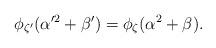
LaTeX: \begin{align*}\phi_{\zeta'}(\alpha'^2 + \beta') = \phi_\zeta(\alpha^2+\beta).\end{align*}